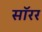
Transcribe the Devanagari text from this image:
सॉरर